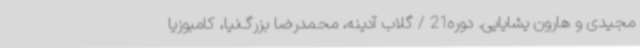
مجیدی و هارون یشایایی. دوره21 / گلاب آدینه، محمدرضا بزرگ‌نیا، کامبوزیا